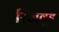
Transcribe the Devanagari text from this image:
रिजवुड